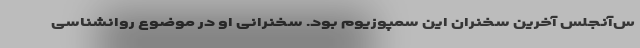
س‌آنجلس آخرین سخنران این سمپوزیوم بود. سخنرانی او در موضوع روانشناسی